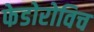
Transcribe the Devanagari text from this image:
फेडोरोविच